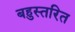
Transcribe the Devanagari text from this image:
बहुस्तरित